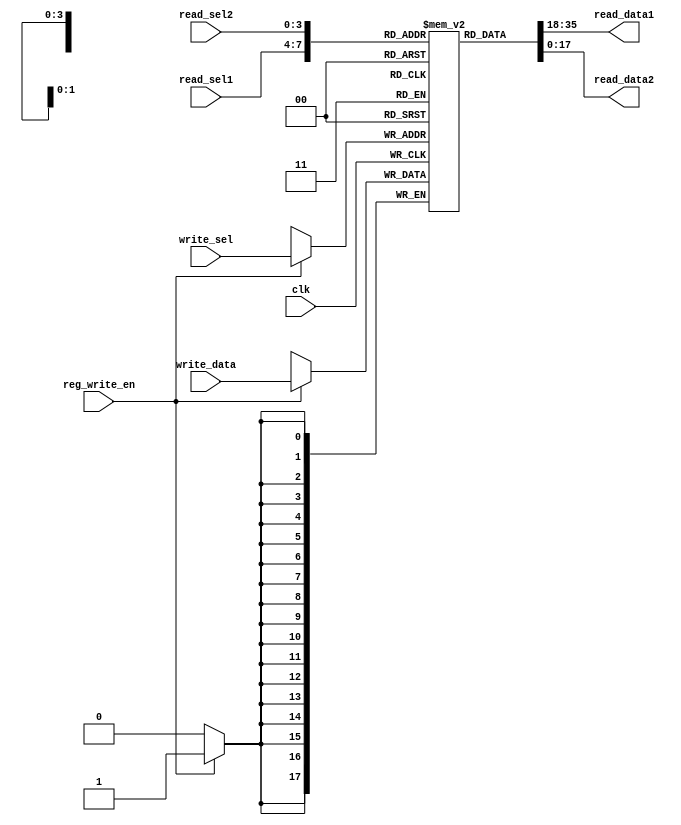
module register_file(
    input clk,
    input reg_write_en,
    input [3:0] read_sel1,
    input [3:0] read_sel2,
    input [3:0] write_sel,
    input [17:0] write_data,
    output [17:0] read_data1,
    output [17:0] read_data2
);

	//register array
    reg [17:0] registers[15:0];

    always @(posedge clk) begin
        if (reg_write_en) begin
            registers[write_sel] <= write_data;
        end
    end

    assign read_data1 = registers[read_sel1];
    assign read_data2 = registers[read_sel2];
endmodule